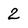
Character: 2